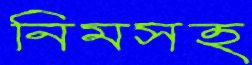
নিমসহ